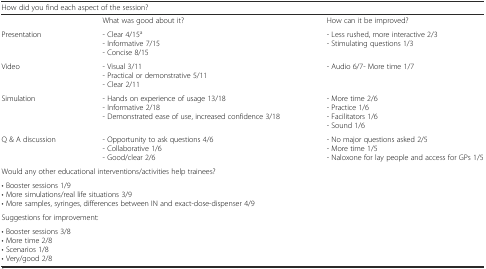
<table><thead><tr><td colspan="3"><b>How did you find each aspect of the session?</b></td></tr></thead><tbody><tr><td></td><td>What was good about it?</td><td>How can it be improved?</td></tr><tr><td>Presentation</td><td>- Clear 4/15<sup>a</sup>- Informative 7/15- Concise 8/15</td><td>- Less rushed, more interactive 2/3- Stimulating questions 1/3</td></tr><tr><td>Video</td><td>- Visual 3/11- Practical or demonstrative 5/11- Clear 2/11</td><td>- Audio 6/7- More time 1/7</td></tr><tr><td>Simulation</td><td>- Hands on experience of usage 13/18- Informative 2/18- Demonstrated ease of use, increased confidence 3/18</td><td>- More time 2/6- Practice 1/6- Facilitators 1/6- Sound 1/6</td></tr><tr><td>Q &amp; A discussion</td><td>- Opportunity to ask questions 4/6- Collaborative 1/6- Good/clear 2/6</td><td>- No major questions asked 2/5- More time 1/5- Naloxone for lay people and access for GPs 1/5</td></tr><tr><td colspan="3">Would any other educational interventions/activities help trainees?</td></tr><tr><td colspan="3">• Booster sessions 1/9• More simulations/real life situations 3/9• More samples, syringes, differences between IN and exact-dose-dispenser 4/9</td></tr><tr><td colspan="3">Suggestions for improvement:</td></tr><tr><td colspan="3">• Booster sessions 3/8• More time 2/8• Scenarios 1/8• Very/good 2/8</td></tr></tbody></table>